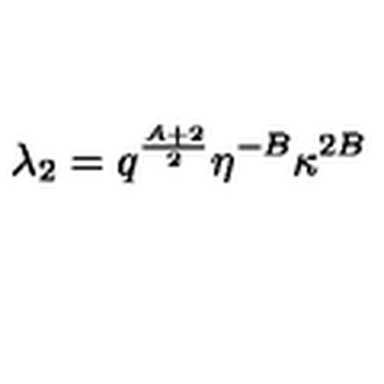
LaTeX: \lambda _ { 2 } = q ^ { \frac { A + 2 } { 2 } } \eta ^ { - B } \kappa ^ { 2 B }